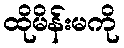
ထိုမိန်းမကို